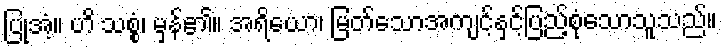
ပြုအံ့။ ဟိ သစ္စံ၊ မှန်၏။ အရိယော၊ မြတ်သောအကျင့်နှင့်ပြည့်စုံသောသူသည်။